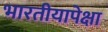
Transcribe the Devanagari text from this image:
भारतीयापेक्षा